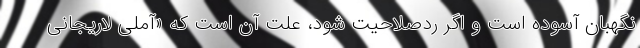
نگهبان آسوده است و اگر ردصلاحیت شود، علت آن است که «آملی لاریجانی